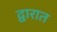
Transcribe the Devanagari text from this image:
द्वारात